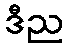
ဒီည